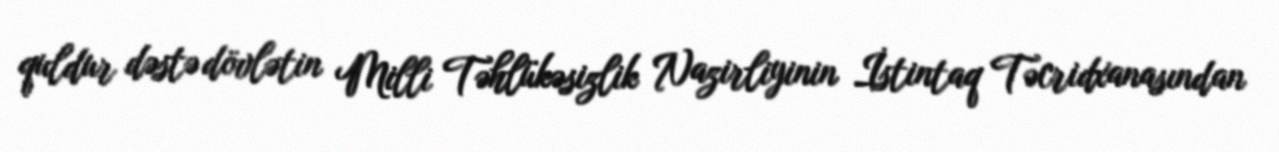
quldur dəstə dövlətin Milli Təhlükəsizlik Nazirliyinin İstintaq Təcridxanasından